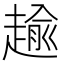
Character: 𧼯